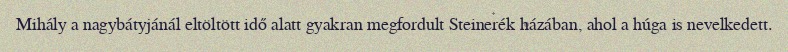
Mihály a nagybátyjánál eltöltött idő alatt gyakran megfordult Steinerék házában, ahol a húga is nevelkedett.